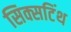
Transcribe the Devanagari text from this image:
सिक्सटिंथ